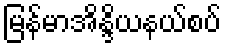
မြန်မာအိန္ဒိယနယ်စပ်